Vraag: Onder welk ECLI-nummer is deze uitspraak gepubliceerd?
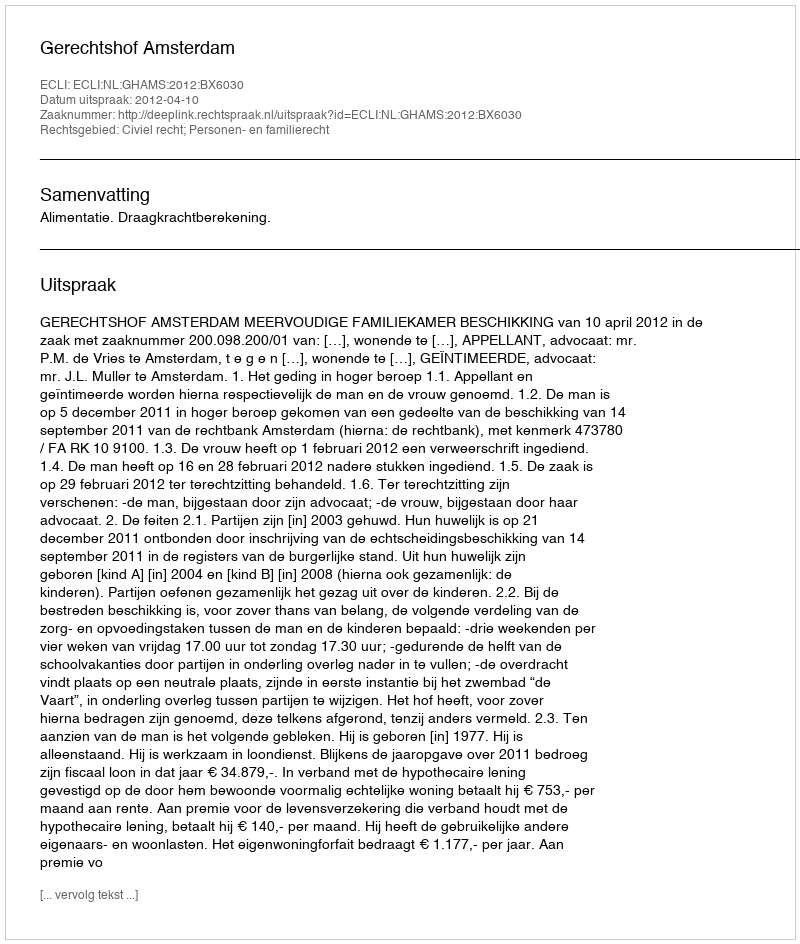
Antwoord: ECLI:NL:GHAMS:2012:BX6030